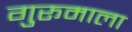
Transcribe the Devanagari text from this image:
गुरूमाला